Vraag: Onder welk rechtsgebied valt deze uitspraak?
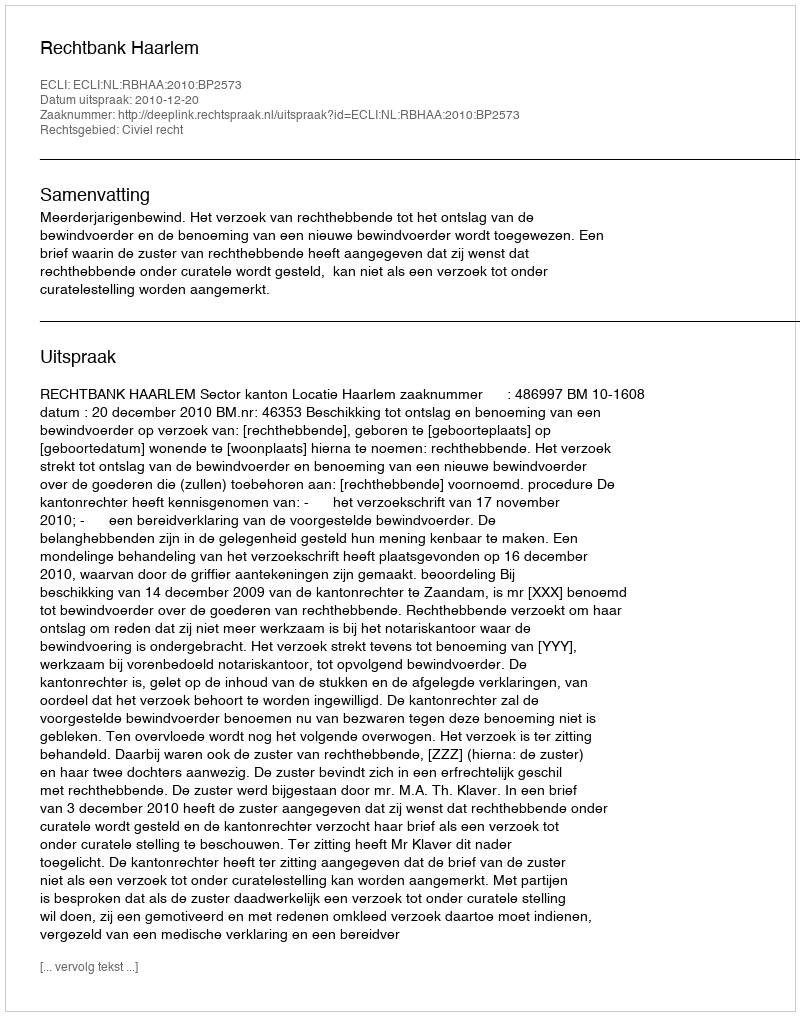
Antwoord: Civiel recht